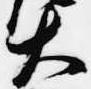
大